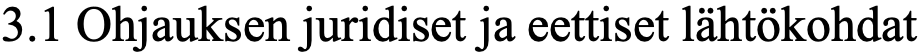
3.1 Ohjauksen juridiset ja eettiset lähtökohdat